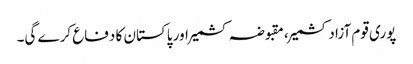
پوری قوم آزاد کشمیر، مقبوضہ کشمیر اور پاکستان کا دفاع کرے گی۔